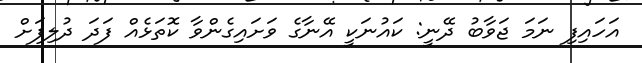
އަހައިފި ނަމަ ޖަވާބު ދޭނީ: ކައުނަކީ އޭނާގެ ވަށައިގެންވާ ކޮތަޅެއް ފަދަ ދުލިފަށް